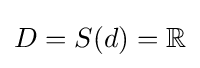
D=S(d)=\mathbb {R}